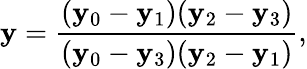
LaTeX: \mathbf{y}=\frac{{(\mathbf{y}_{0}-\mathbf{y}_{1})(\mathbf{y}_{2}-\mathbf{y}_{3})}}{{(\mathbf{y}_{0}-\mathbf{y}_{3})(\mathbf{y}_{2}-\mathbf{y}_{1})}},